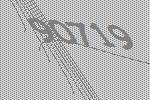
90719